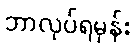
ဘာလုပ်ရမှန်း